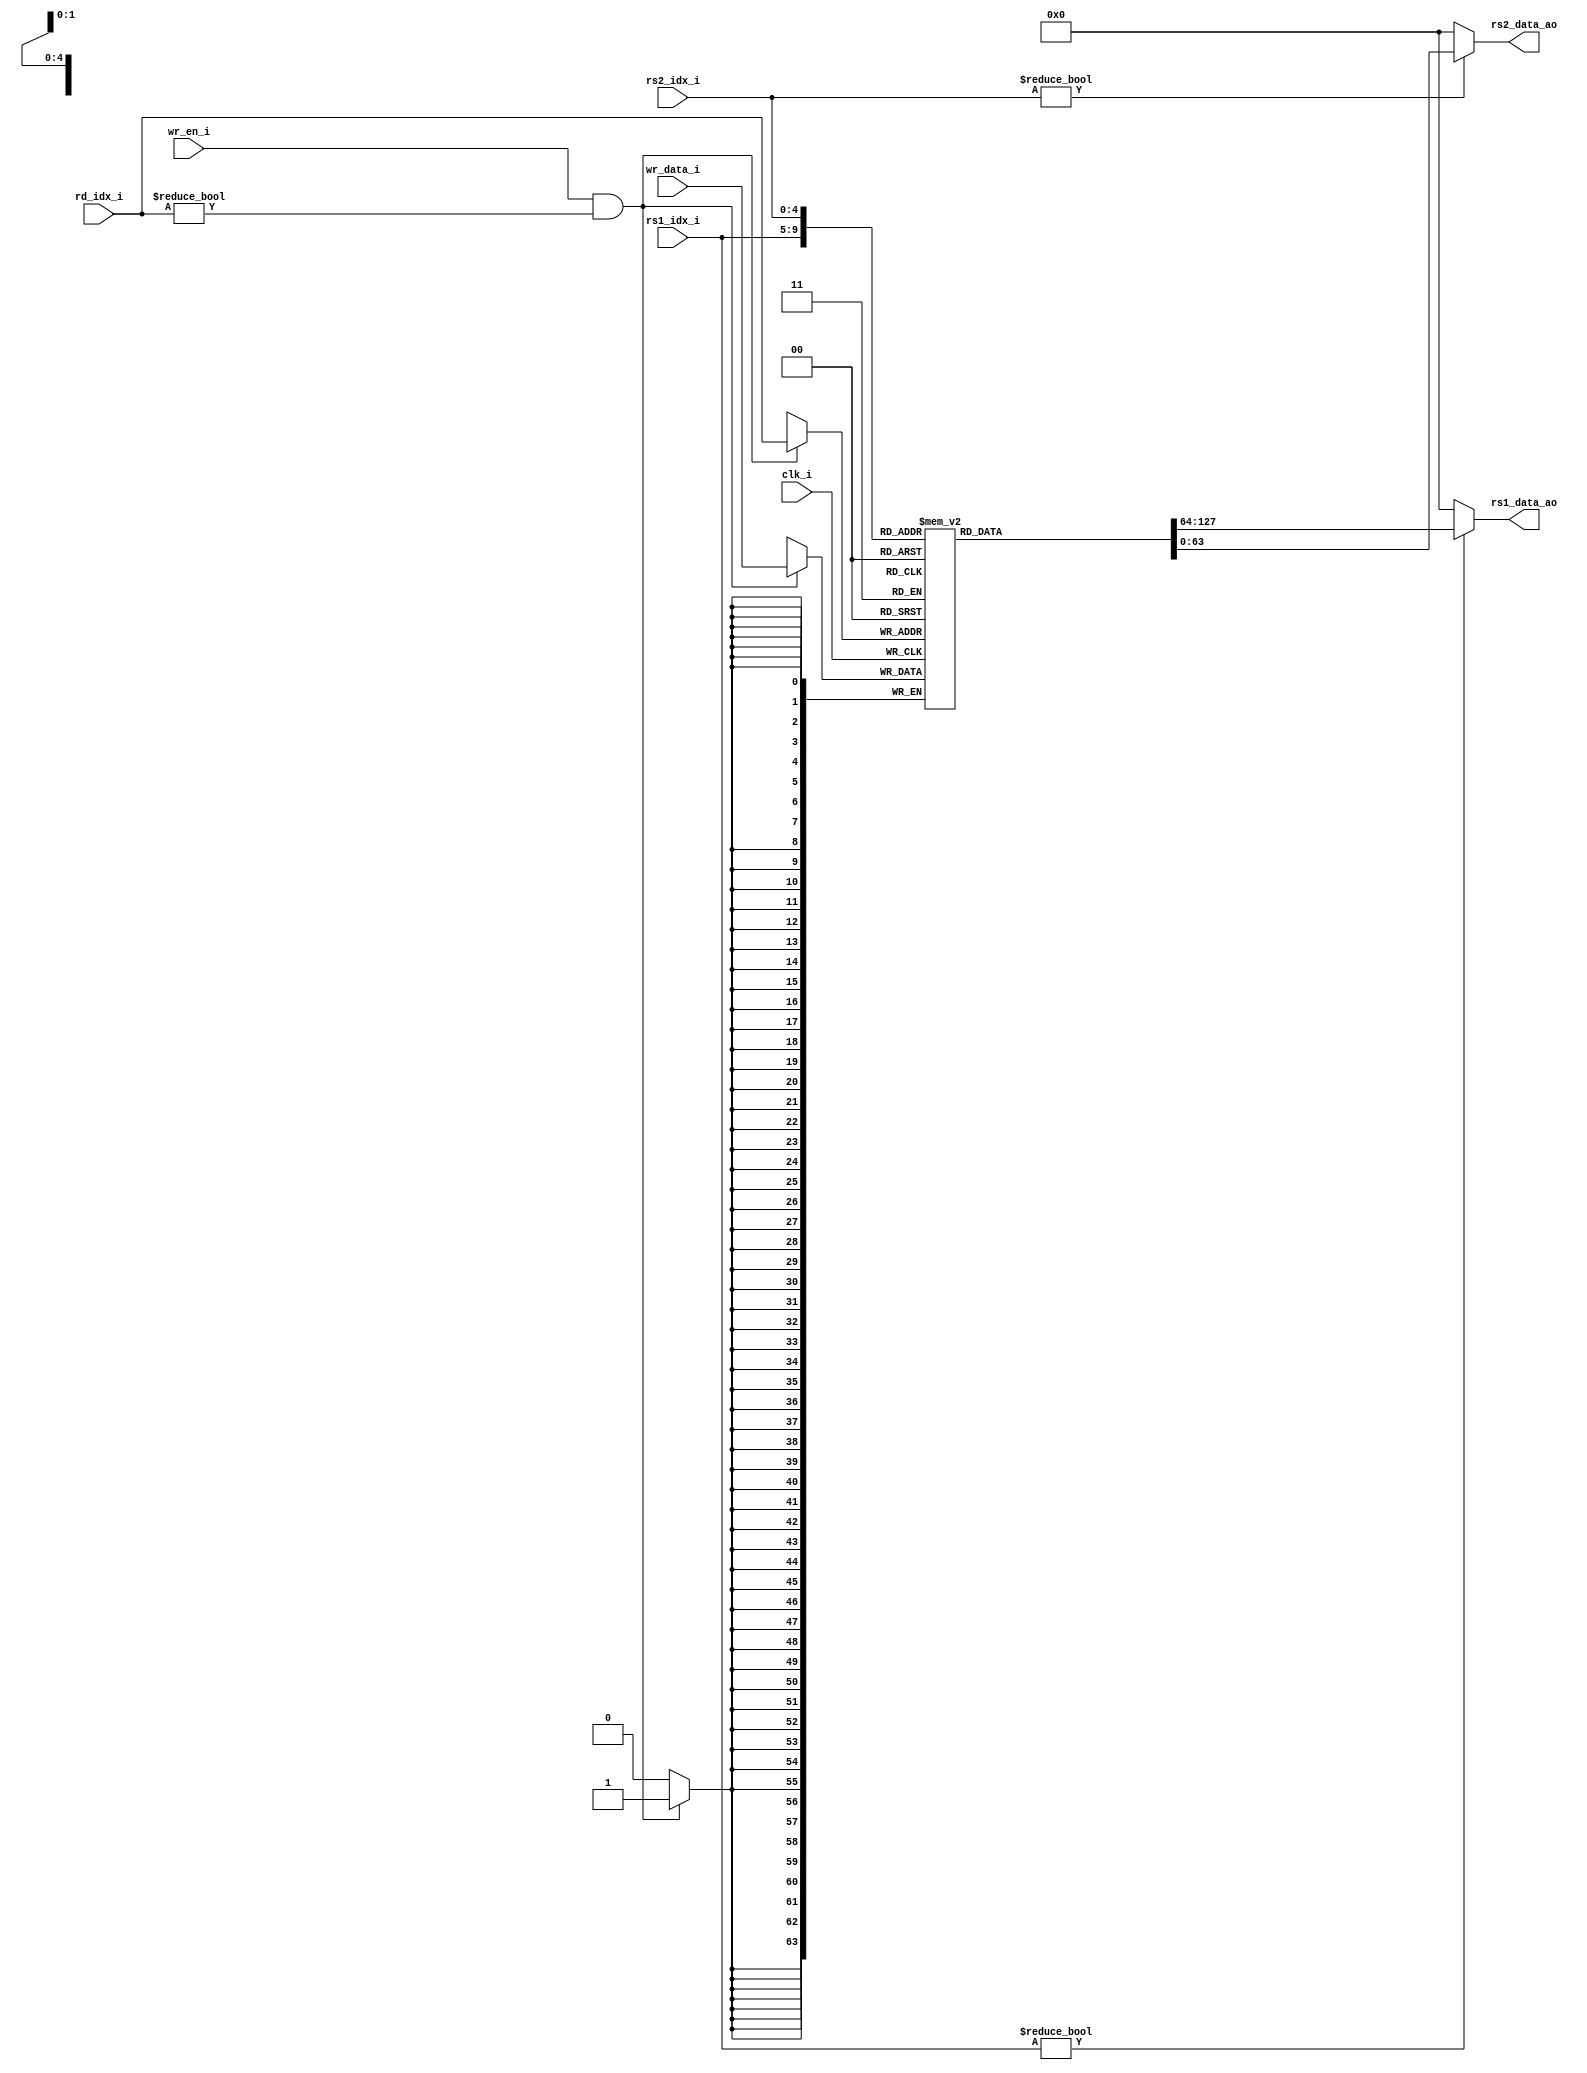
///////////////////////////////////////////////////////////////////////////////////////////////////
//                                                                                               //
// Module Name: register_file                                                                    //
// Description: A 31 x XLEN register file with read-only-zero 0th register. Reads are            //
//              asynchronous and writes happen on negedge.                                       //
//                                                                                               //
// SPDX-License-Identifier: CC-BY-NC-ND-4.0                                                      //
//                                                                                               //
///////////////////////////////////////////////////////////////////////////////////////////////////


module register_file #( parameter XLEN = 64 ) (
    input                  clk_i,       // Negedge sensitive

    input            [4:0] rs1_idx_i,   // Register source 1 index
    input            [4:0] rs2_idx_i,   // Register source 2 index
    input            [4:0] rd_idx_i,    // Destination Register index

    input       [XLEN-1:0] wr_data_i,   // Write data input
    input                  wr_en_i,     // Write strobe

    output wire [XLEN-1:0] rs1_data_ao, // rs1 data output (async)
    output wire [XLEN-1:0] rs2_data_ao  // rs2 data output (async)
);
    
    reg [XLEN-1:0] RF [31:1]; 

    // Read control. Returns 0 if reading from x0.
    assign rs1_data_ao = (rs1_idx_i != 'b0) ? RF[rs1_idx_i] : 'b0;
    assign rs2_data_ao = (rs2_idx_i != 'b0) ? RF[rs2_idx_i] : 'b0;


    // Write control (On NEGEDGE). Will not write to x0.
    always @ (negedge clk_i) begin
        if(wr_en_i && (rd_idx_i != 'b0)) 
            RF[rd_idx_i] <= wr_data_i;
    end

 endmodule


///////////////////////////////////////////////////////////////////////////////////////////////////
////   Copyright 2024 Peter Herrmann                                                           ////
////                                                                                           ////
////   Licensed under the Creative Commons Attribution-NonCommercial-NoDerivatives 4.0         ////
////   International License (the "License"); you may not use this file except in compliance   ////
////   with the License. You may obtain a copy of the License at                               ////
////                                                                                           ////
////       https://creativecommons.org/licenses/by-nc-nd/4.0/                                  ////
////                                                                                           ////
////   Unless required by applicable law or agreed to in writing, software                     ////
////   distributed under the License is distributed on an "AS IS" BASIS,                       ////
////   WITHOUT WARRANTIES OR CONDITIONS OF ANY KIND, either express or implied.                ////
////   See the License for the specific language governing permissions and                     ////
////   limitations under the License.                                                          ////
///////////////////////////////////////////////////////////////////////////////////////////////////